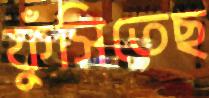
ফুঁসিতেছ